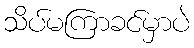
သိပ်မကြာခင်မှာပဲ